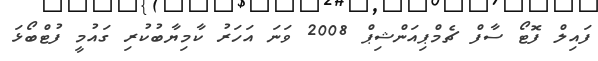
ފައިލް ފޮޓޯ ސާފް ޗެމްޕިއަންޝިޕް 2008 ވަނަ އަހަރު ކާމިޔާބުކުރި ގައުމީ ފުޓްބޯޅަ